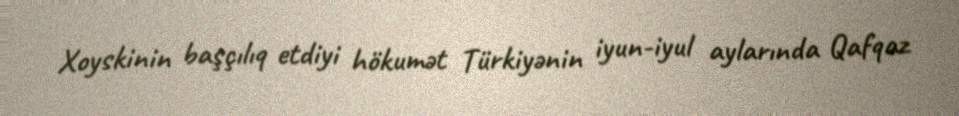
Xoyskinin başçılıq etdiyi hökumət Türkiyənin iyun-iyul aylarında Qafqaz